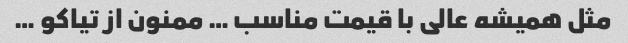
مثل همیشه عالی با قیمت مناسب … ممنون از تیاکو …